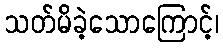
သတ်မိခဲ့သောကြောင့်၊